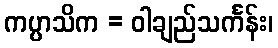
ကပ္ပာသိက = ဝါချည်သင်္ကန်း၊